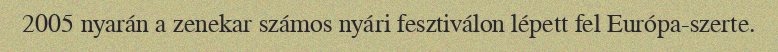
2005 nyarán a zenekar számos nyári fesztiválon lépett fel Európa-szerte.